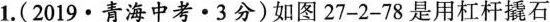
1. ( 2019 · 青海中考 · 3分 ) 如图 27-2-78